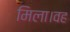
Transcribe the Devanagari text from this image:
मिला।वह